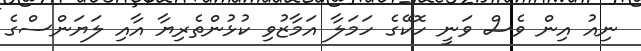
ނިއު އިން ވެސް ވަނީ ހޮކޭގެ ހަމަލާ އަމާޒުވި ކުޅުންތެރިޔާ އާއި ލަޔަންސްގެ